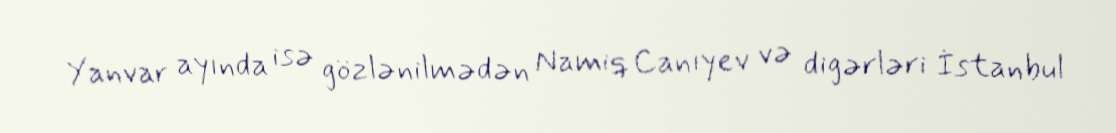
Yanvar ayında isə gözlənilmədən Namiq Canıyev və digərləri İstanbul